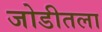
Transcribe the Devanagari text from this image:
जोडीतला